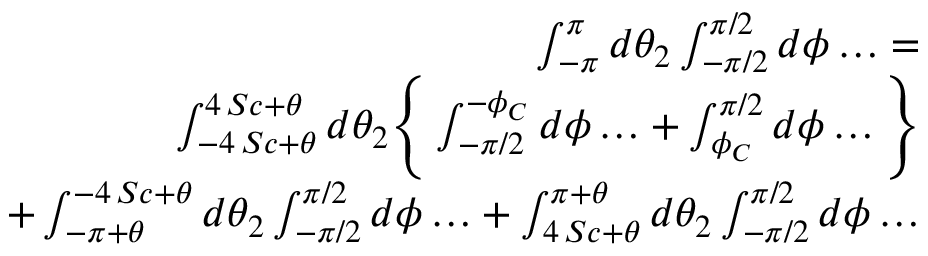
\begin{array} { r l r } & { } & { \int _ { - \pi } ^ { \pi } d \theta _ { 2 } \int _ { - \pi / 2 } ^ { \pi / 2 } d \phi \ldots = } \\ & { } & { \int _ { - 4 \, S c + \theta } ^ { 4 \, S c + \theta } d \theta _ { 2 } \Bigg \{ \int _ { - \pi / 2 } ^ { - \phi _ { C } } d \phi \ldots + \int _ { \phi _ { C } } ^ { \pi / 2 } d \phi \ldots \Bigg \} } \\ & { } & { + \int _ { - \pi + \theta } ^ { - 4 \, S c + \theta } d \theta _ { 2 } \int _ { - \pi / 2 } ^ { \pi / 2 } d \phi \ldots + \int _ { 4 \, S c + \theta } ^ { \pi + \theta } d \theta _ { 2 } \int _ { - \pi / 2 } ^ { \pi / 2 } d \phi \ldots } \end{array}